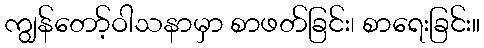
ကျွန်တော့်ဝါသနာမှာ စာဖတ်ခြင်း၊ စာရေးခြင်း။